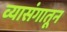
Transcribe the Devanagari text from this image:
व्यासंगातून